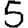
Digit: 5